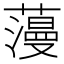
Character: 䕕